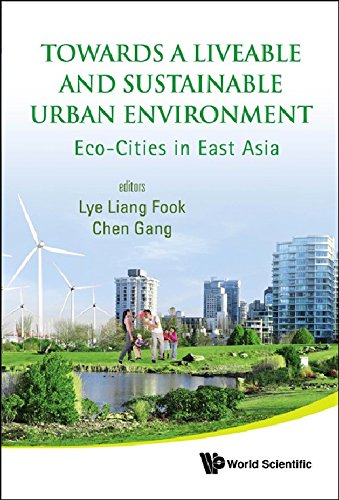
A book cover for Towards a Liveable and Sustainable Urban Environment: Eco-Cities in East Asia; Lye Liang Fook; Business & Money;